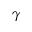
\gamma